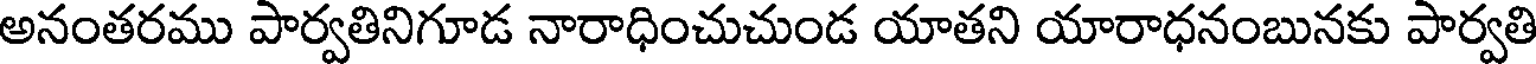
అనంతరము పార్వతినిగూడ నారాధించుచుండ యాతని యారాధనంబునకు పార్వతి